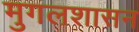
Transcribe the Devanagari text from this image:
मुगलशासन